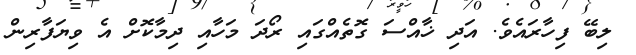
ލިބޭ ފިހާރައެވެ. އަދި ޚާއްސަ ގޮތެއްގައި ރޯދަ މަހާއި ދިމާކޮށް އެ ވިޔަފާރިން